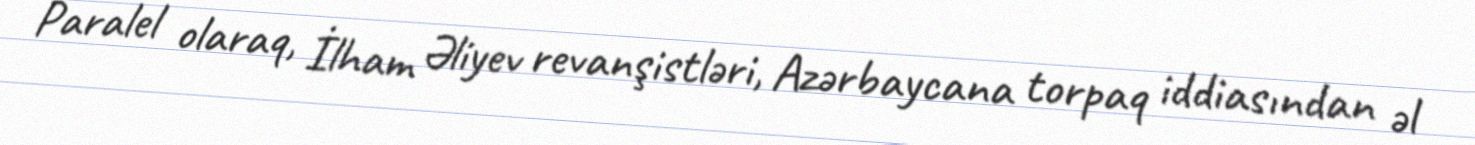
Paralel olaraq, İlham Əliyev revanşistləri, Azərbaycana torpaq iddiasından əl